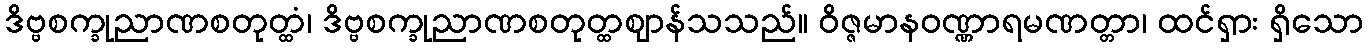
ဒိဗ္ဗစက္ခုညာဏစတုတ္ထံ၊ ဒိဗ္ဗစက္ခုညာဏစတုတ္ထဈာန်သသည်။ ဝိဇ္ဇမာနဝဏ္ဏာရမဏတ္တာ၊ ထင်ရှား ရှိသော